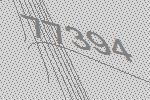
77394